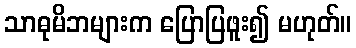
သာဓုမိဘများက ပြောပြဖူး၍ မဟုတ်။